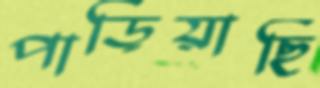
পাড়িয়াছি